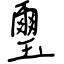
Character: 璽